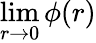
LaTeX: \operatorname*{lim}_{r\to 0}\phi(r)